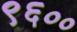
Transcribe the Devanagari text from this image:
९६००